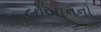
લોબાનનો